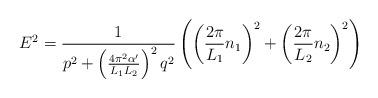
LaTeX: \begin{align*}E^2 = \frac{1}{p^2+\left(\frac{4 \pi^2\alpha'}{L_1 L_2}\right)^2 q^2}\left(\left(\frac{2\pi}{L_1}n_1\right)^2 + \left(\frac{2\pi}{L_2}n_2\right)^2 \right)\end{align*}